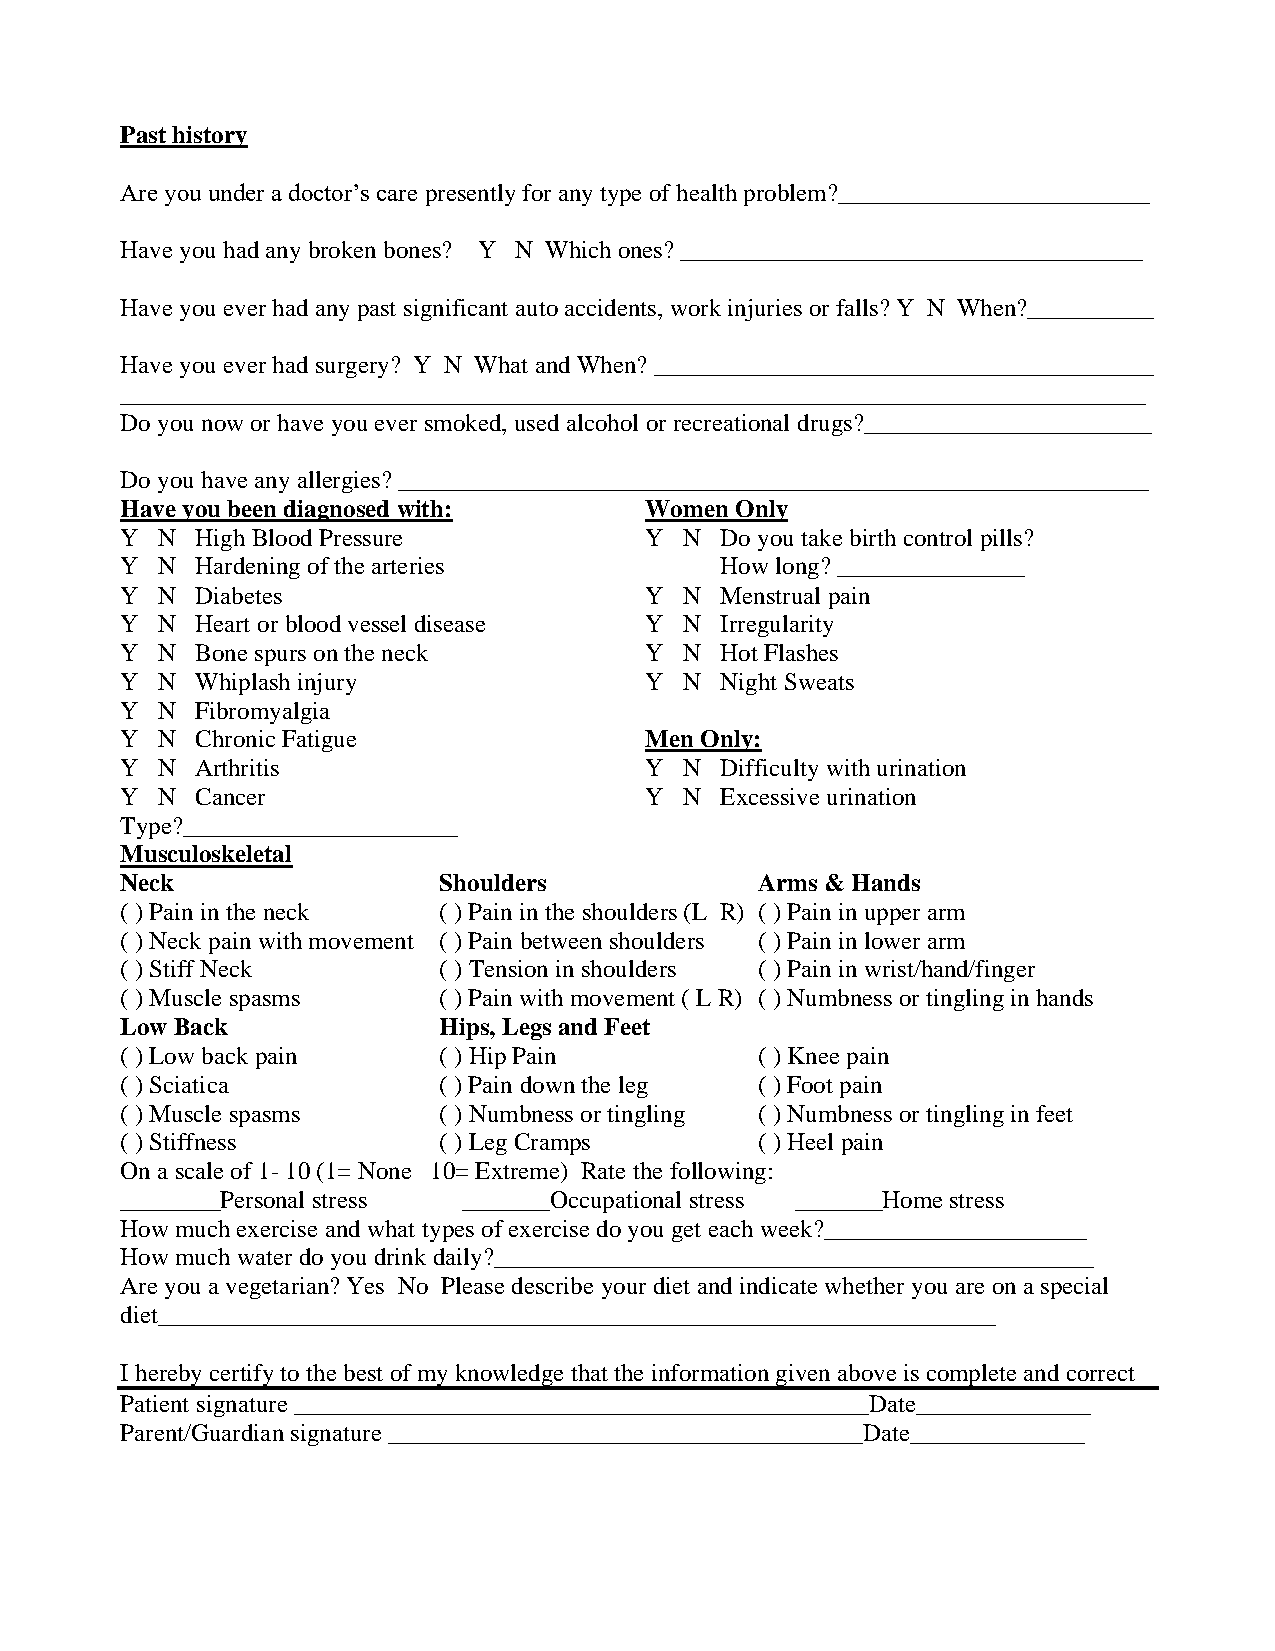
Past history
 Are you under a doctor’s care presently for any type of health problem?_________________________
 Have you had any broken bones? Y N Which ones? _____________________________________
 Have you ever had any past significant auto accidents, work injuries or falls? Y N When?__________
 Have you ever had surgery? Y N What and When? ________________________________________
 __________________________________________________________________________________
 Do you now or have you ever smoked, used alcohol or recreational drugs?_______________________
 Do you have any allergies? ____________________________________________________________
 Have you been diagnosed with:      Women Only
 Y N  High Blood Pressure           Y N  Do you take birth control pills?
 Y N  Hardening of the arteries          How long? _______________
 Y N  Diabetes                      Y N  Menstrual pain
 Y N  Heart or blood vessel disease Y N  Irregularity
 Y N  Bone spurs on the neck        Y N  Hot Flashes
 Y N  Whiplash injury               Y N  Night Sweats
 Y N  Fibromyalgia
 Y N  Chronic Fatigue               Men Only:
 Y N  Arthritis                     Y N  Difficulty with urination
 Y N  Cancer                        Y N  Excessive urination
 Type?______________________
 Musculoskeletal
 Neck                 Shoulders            Arms & Hands
 ( ) Pain in the neck ( ) Pain in the shoulders (L R) ( ) Pain in upper arm
 ( ) Neck pain with movement ( ) Pain between shoulders ( ) Pain in lower arm
 ( ) Stiff Neck       ( ) Tension in shoulders ( ) Pain in wrist/hand/finger
 ( ) Muscle spasms    ( ) Pain with movement ( L R) ( ) Numbness or tingling in hands
 Low Back             Hips, Legs and Feet
 ( ) Low back pain    ( ) Hip Pain         ( ) Knee pain
 ( ) Sciatica         ( ) Pain down the leg ( ) Foot pain
 ( ) Muscle spasms    ( ) Numbness or tingling ( ) Numbness or tingling in feet
 ( ) Stiffness        ( ) Leg Cramps       ( ) Heel pain
 On a scale of 1- 10 (1= None 10= Extreme) Rate the following:
 ________Personal stress _______Occupational stress _______Home stress
 How much exercise and what types of exercise do you get each week?_____________________
 How much water do you drink daily?________________________________________________
 Are you a vegetarian? Yes No Please describe your diet and indicate whether you are on a special
 diet___________________________________________________________________
 I hereby certify to the best of my knowledge that the information given above is complete and correct
 Patient signature ______________________________________________Date______________
 Parent/Guardian signature ______________________________________Date______________